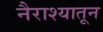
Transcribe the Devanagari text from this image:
नैराश्यातून